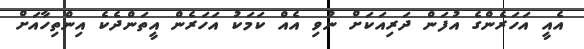
އެއީ އަހަރެންގެ އުފަން ދަރިއަކަށް ނުވި އެއް ކަމަކު އަހަރެން އީތަންދެކެ އިންތިހާއަށް